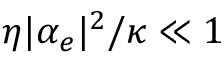
\eta | \alpha _ { e } | ^ { 2 } / \kappa \ll 1